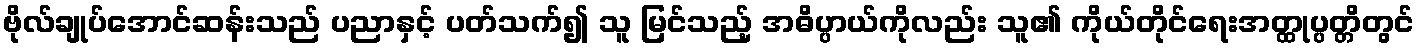
ဗိုလ်ချုပ်အောင်ဆန်းသည် ပညာနှင့် ပတ်သက်၍ သူ မြင်သည့် အဓိပ္ပာယ်ကိုလည်း သူ၏ ကိုယ်တိုင်ရေးအတ္ထုပ္ပတ္တိတွင်